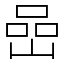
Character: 嵒